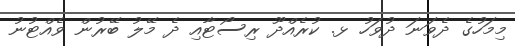
މިމަހުގެ ދެވަނަ ދުވަހު ޅ. ކުރެއްދޫ ރިސޯޓާއި ދެ މޭލު ބޭރުން ވެއްޓުނު